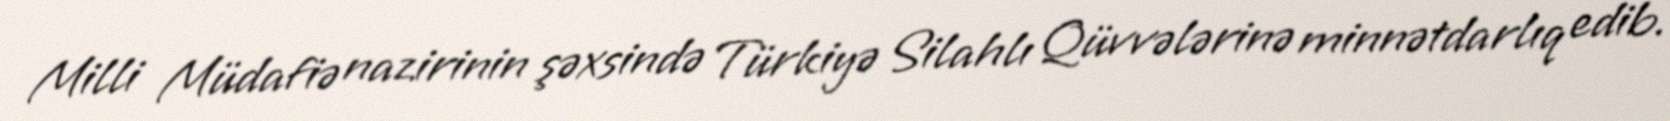
Milli Müdafiə nazirinin şəxsində Türkiyə Silahlı Qüvvələrinə minnətdarlıq edib.